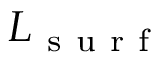
L _ { \mathrm { ~ s ~ u ~ r ~ f ~ } }